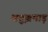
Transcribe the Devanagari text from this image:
अबुझमाड़